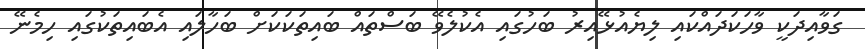
ގަވާއިދަކީ ވާހަކަދައްކައި ލިޔެއުޅޭއިރު ބަހުގައި އެކުލެވޭ ބަސްތައް ބައިތަކަކަށް ބަހާލައި އެބައިތަކުގައި ހިމެނޭ